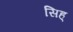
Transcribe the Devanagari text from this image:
सिह्